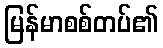
မြန်မာစစ်တပ်၏